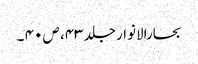
بحارالانوار جلد ۴۳، ص ۴۰ ۔